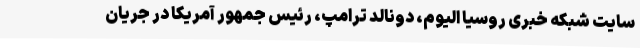
سایت شبکه خبری روسیا الیوم، دونالد ترامپ، رئیس جمهور آمریکا در جریان